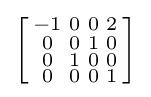
\left[{\begin{smallmatrix}-1&0&0&2\\0&0&1&0\\0&1&0&0\\0&0&0&1\\\end{smallmatrix}}\right]